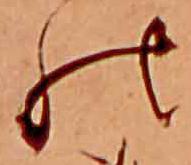
の